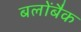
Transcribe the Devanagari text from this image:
बलोंबैक